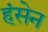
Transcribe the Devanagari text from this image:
हंसेन